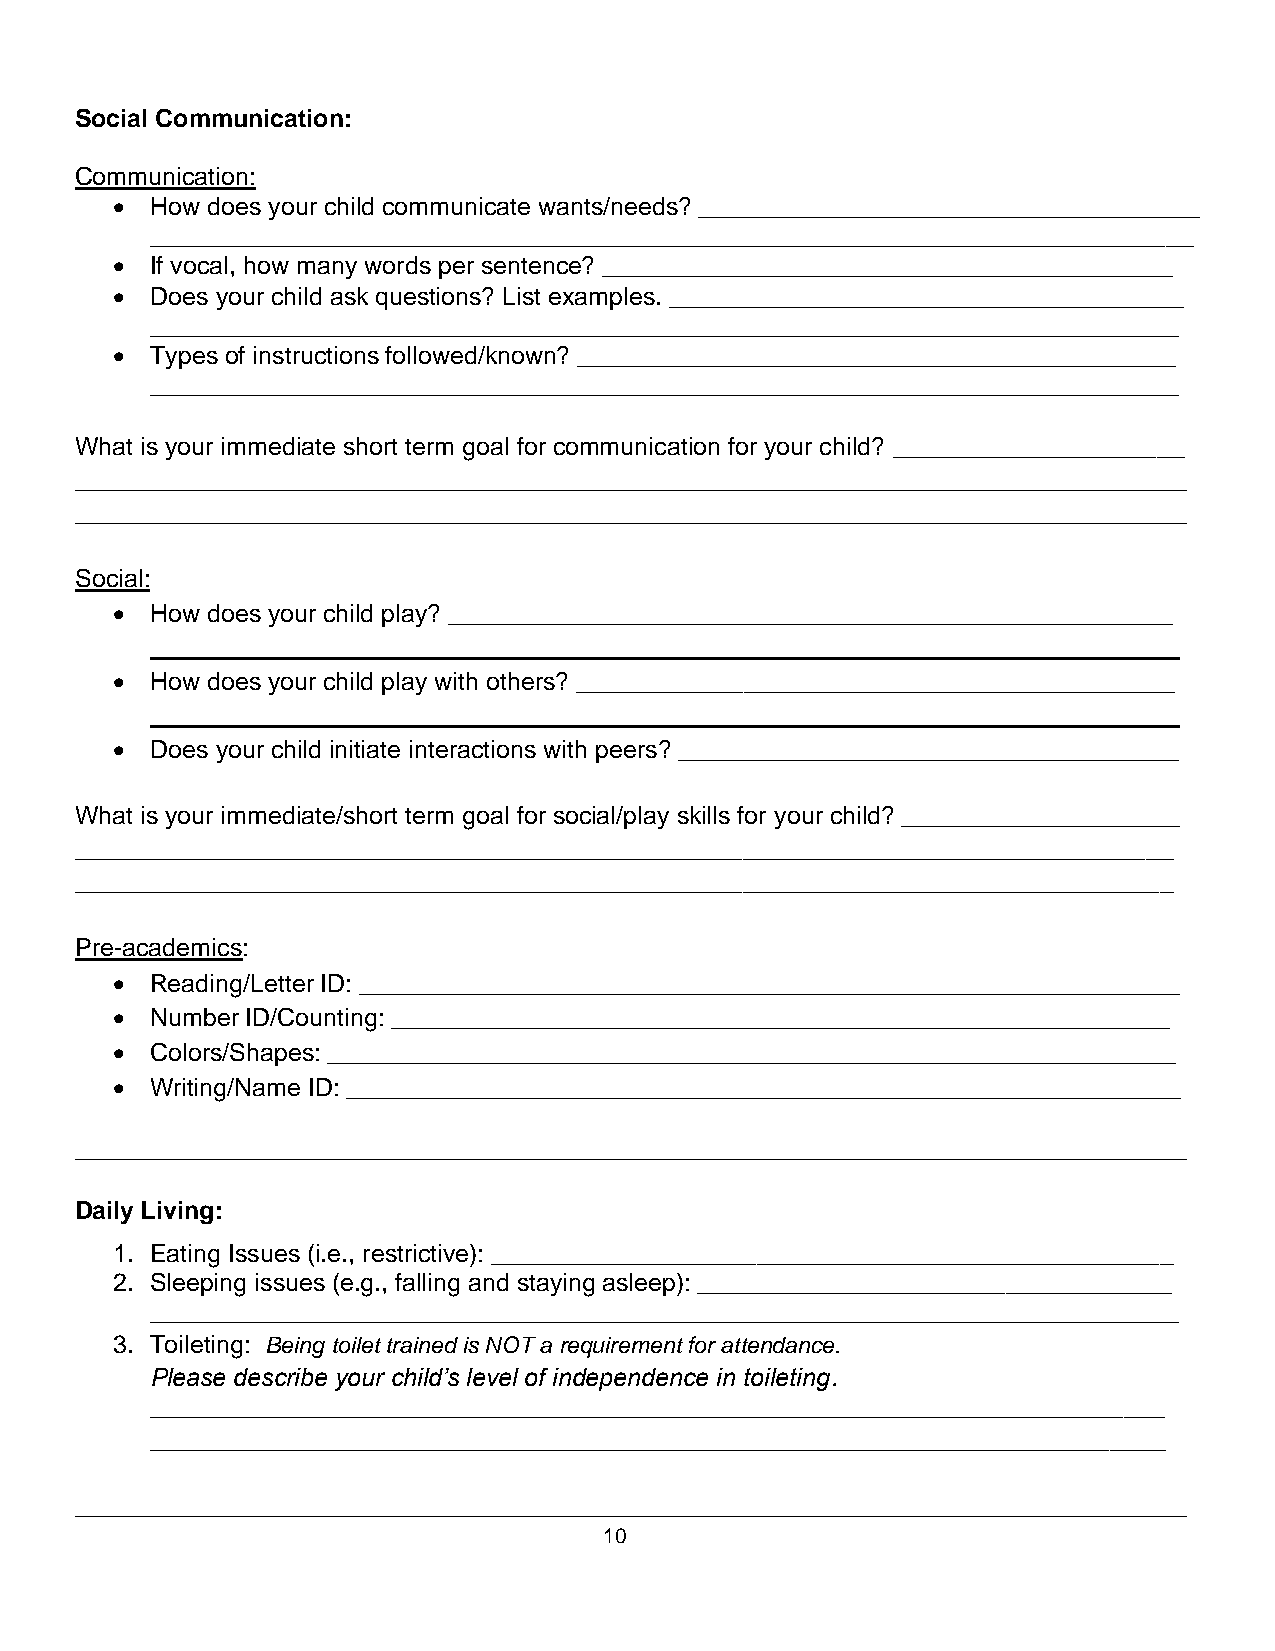
Social Communication:
 Communication:
 •  How does your child communicate wants/needs? ____________________________________
 ___________________________________________________________________________
 •  If vocal, how many words per sentence? _________________________________________
 •  Does your child ask questions? List examples. _____________________________________
 __________________________________________________________________________
 •  Types of instructions followed/known? ___________________________________________
 __________________________________________________________________________
 What is your immediate short term goal for communication for your child? _____________________
 ________________________________________________________________________________
 ________________________________________________________________________________
 Social:
 •  How does your child play? ____________________________________________________
 __________________________________________________________________________
 •  How does your child play with others? ___________________________________________
 __________________________________________________________________________
 •  Does your child initiate interactions with peers? ____________________________________
 What is your immediate/short term goal for social/play skills for your child? ____________________
 _______________________________________________________________________________
 _______________________________________________________________________________
 Pre-academics:
 •  Reading/Letter ID: ___________________________________________________________
 •  Number ID/Counting: ________________________________________________________
 •  Colors/Shapes: _____________________________________________________________
 •  Writing/Name ID: ____________________________________________________________
 ________________________________________________________________________________
 Daily Living:
 1. Eating Issues (i.e., restrictive): _________________________________________________
 2. Sleeping issues (e.g., falling and staying asleep): __________________________________
 __________________________________________________________________________
 3. Toileting: Being toilet trained is NOT a requirement for attendance.
 Please describe your child’s level of independence in toileting.
 _________________________________________________________________________
 _________________________________________________________________________
 ________________________________________________________________________________
 10